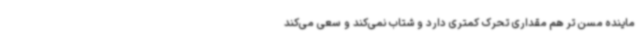
ماینده مسن تر هم مقداری تحرک کمتری دارد و شتاب نمی‌کند و سعی می‌کند